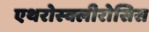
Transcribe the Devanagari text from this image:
एथरोस्क्लीरोसिस